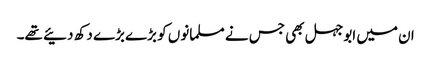
ان میں ابوجہل بھی جس نے مسلمانوں کو بڑے بڑے دکھ دئیے تھے۔